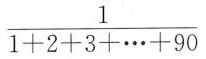
\frac{1}{1+2+3+ \cdots +90}